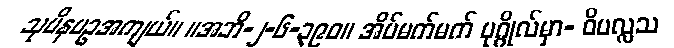
သုပိနပဥအကျယ်။ ။အဘိ-၂-၆-၃၉၀။ အိပ်မက်မက် ပုဂ္ဂိုလ်မှာ- ဝိပလ္လသ